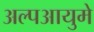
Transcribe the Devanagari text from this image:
अल्पआयुमे